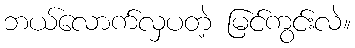
ဘယ်လောက်လှပတဲ့ မြင်ကွင်းလဲ။